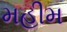
મહીમ